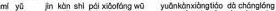
mí yū jìn kàn shì pái xiāo fáng wū yuān kàn xiàng tiáo dà cháng lóng